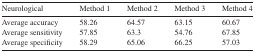
| Neurological | Method 1 | Method 2 | Method 3 | Method 4 |
 | --- | --- | --- | --- | --- |
 | Average accuracy | 58.26 | 64.57 | 63.15 | 60.67 |
 | Average sensitivity | 57.85 | 63.3 | 54.76 | 67.85 |
 | Average specificity | 58.29 | 65.06 | 66.25 | 57.03 |